Annual administration report of the Civil Veterinary Department of India - 1910-1911
Year: 1910
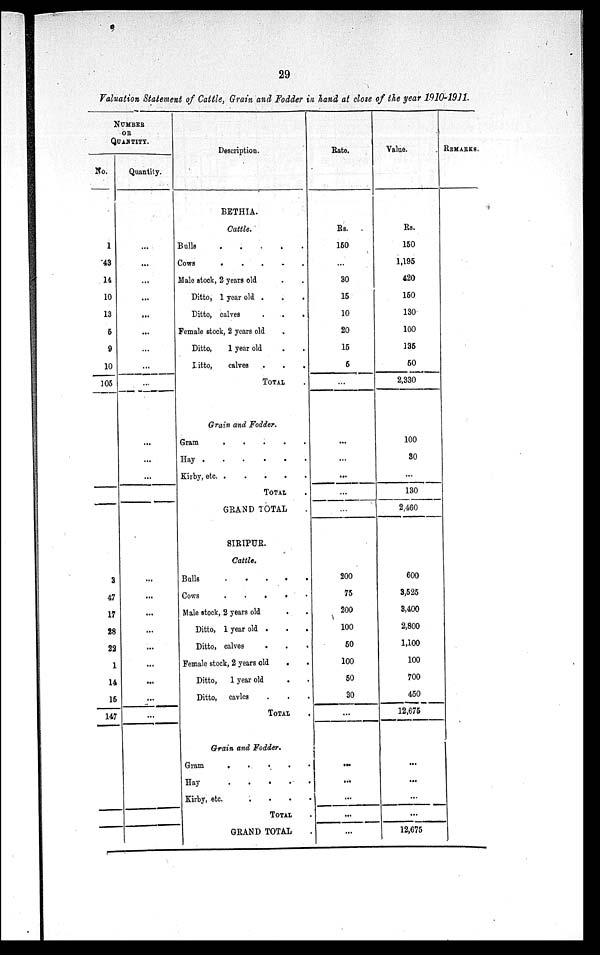
29
Valuation Statement of Cattle, Grain and Fodder in hand at close of the year 1910-1911.
NUMBER
OR
QUANTITY.
No.
1
43
14
10
13
5
9
10
105
3
47
17
28
22
1
14
15
147
Quantity.
...
...
...
...
...
...
...
...
...
...
...
...
...
...
...
...
...
...
...
...
...
Description.
BETHIA.
Cattle.
Bulls
.
.
.
.
.
Cows
.
.
.
.
.
Male stock, 2 years old . .
Ditto, 1 year old .
.
.
Ditto, calves
.
.
.
Female stock, 2 years old .
Ditto, 1 year old . .
Ditto,
calves
.
.
.
TOTAL .
Grain and Fodder.
Gram
.
.
.
.
.
Hay
.
.
.
.
.
.
Kirby, etc
.
.
.
.
.
TOTAL .
GRAND TOTAL .
SIRIPUR.
Cattle.
Bulls
.
.
.
.
.
Cows
. . . . .
Male stock, 2 years old . .
Ditto, 1 year old .
.
.
Ditto, calves
. . .
Female stock, 2 years old
. .
Ditto, 1 year old . .
Ditto, cavles . . .
TOTAL .
Grain and Fodder.
Gram
. . . . .
Hay . . . . .
Kirby, etc. . . .
TOTAL .
GRAND TOTAL .
Rate.
Rs.
150
...
30
15
10
20
15
5
...
...
...
...
...
...
200
75
200
100
50
100
50
30
...
...
...
...
...
...
Value.
Rs.
150
1,195
420
150
130
100
135
50
2,330
100
30
...
130
2,460
600
3,525
3,400
2,800
1,100
100
700
450
12,675
...
...
...
...
12,675
REMARKS.